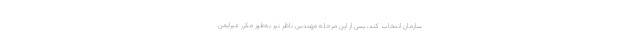
سازمان انتخاب کند، پس از این مرحله مهندس ناظر نیز به‌طور مکرر غیرایمن